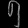
Digit: ၅